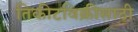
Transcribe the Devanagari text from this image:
तिकीटविक्रीसाठी